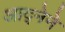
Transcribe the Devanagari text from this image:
आद्नेने